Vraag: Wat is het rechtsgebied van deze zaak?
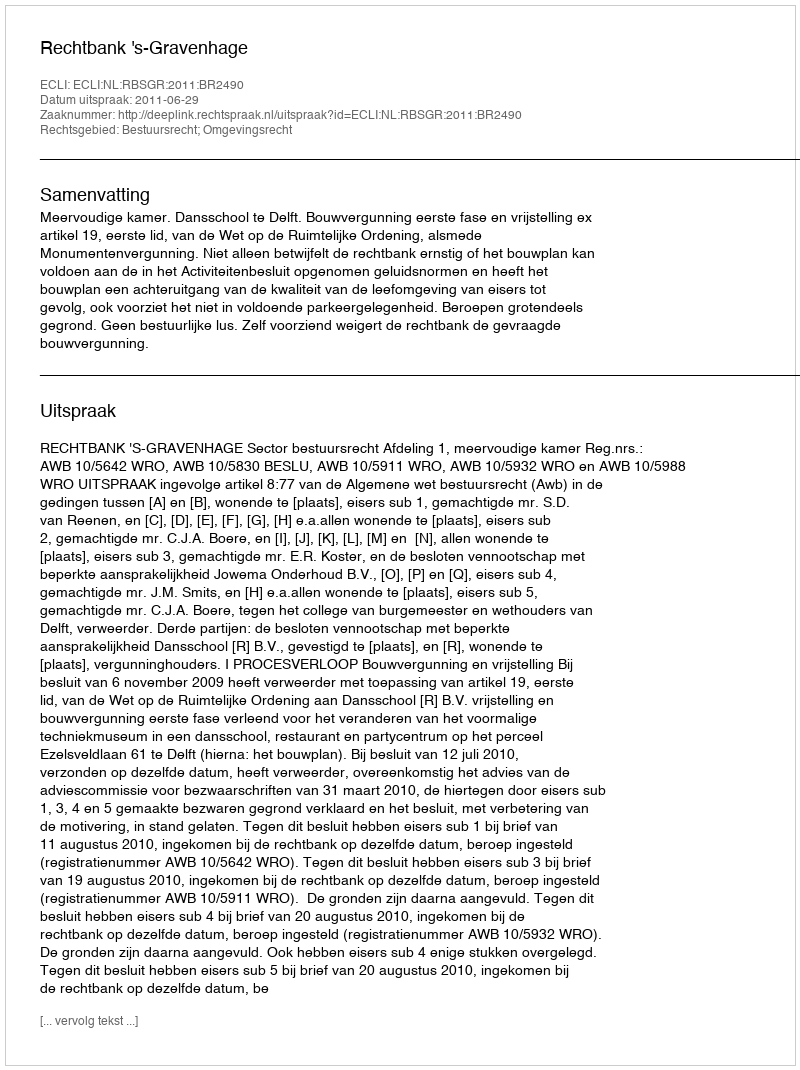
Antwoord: Bestuursrecht; Omgevingsrecht